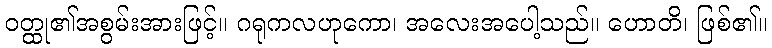
ဝတ္ထု၏အစွမ်းအားဖြင့်။ ဂရုကလဟုကော၊ အလေးအပေါ့သည်။ ဟောတိ၊ ဖြစ်၏။